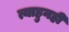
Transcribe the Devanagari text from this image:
त्याहुनही